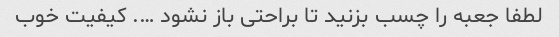
لطفا جعبه را چسب بزنید تا براحتی باز نشود …. کیفیت خوب